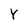
Character: Y